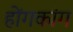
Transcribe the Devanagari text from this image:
होंगकांग